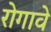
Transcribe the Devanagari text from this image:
रोगावे